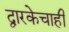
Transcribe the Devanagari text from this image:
द्वारकेचाही